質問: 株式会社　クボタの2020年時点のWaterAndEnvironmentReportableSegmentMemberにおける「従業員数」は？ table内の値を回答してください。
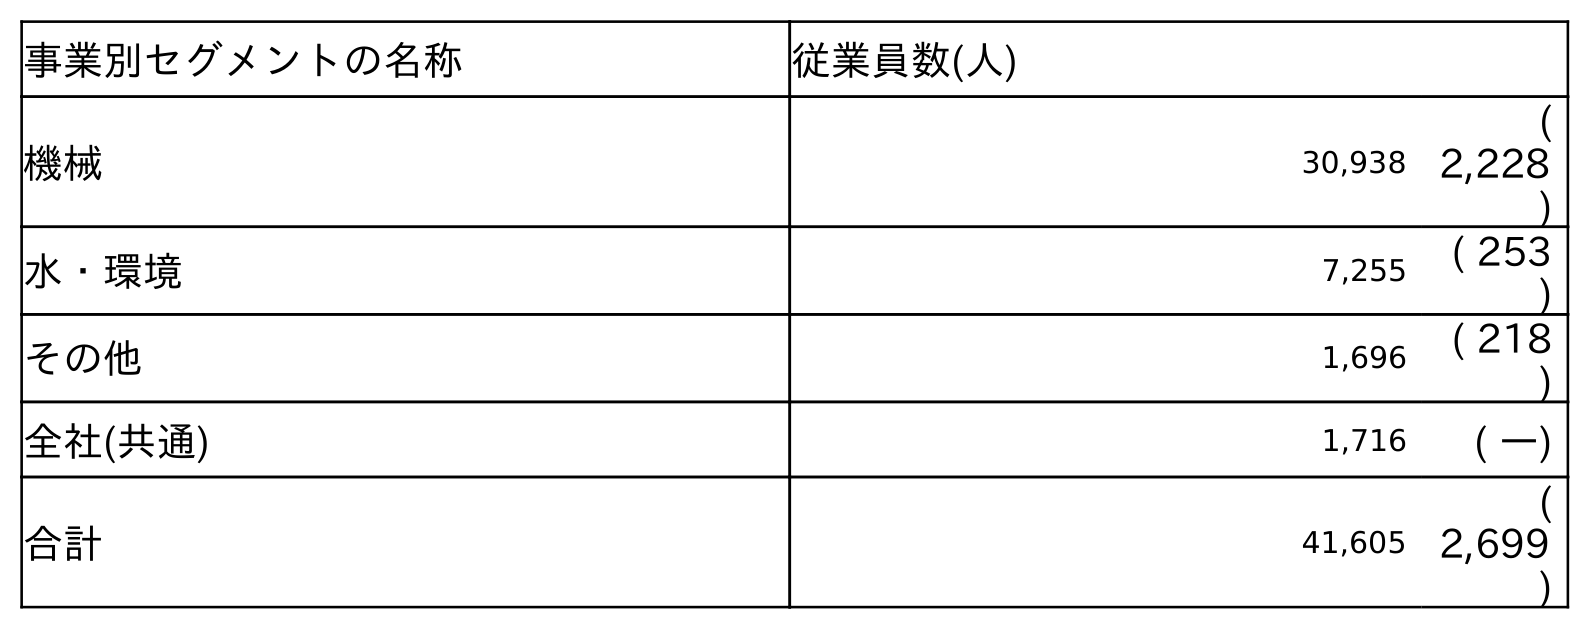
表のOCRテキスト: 事業別セグメントの名称 従業員数(人) 機械 30,938 ( 2,228 ) 水・環境 7,255 ( 253 ) その他 1,696 ( 218 ) 全社(共通) 1,716 ( ―) 合計 41,605 ( 2,699 )
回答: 7,255